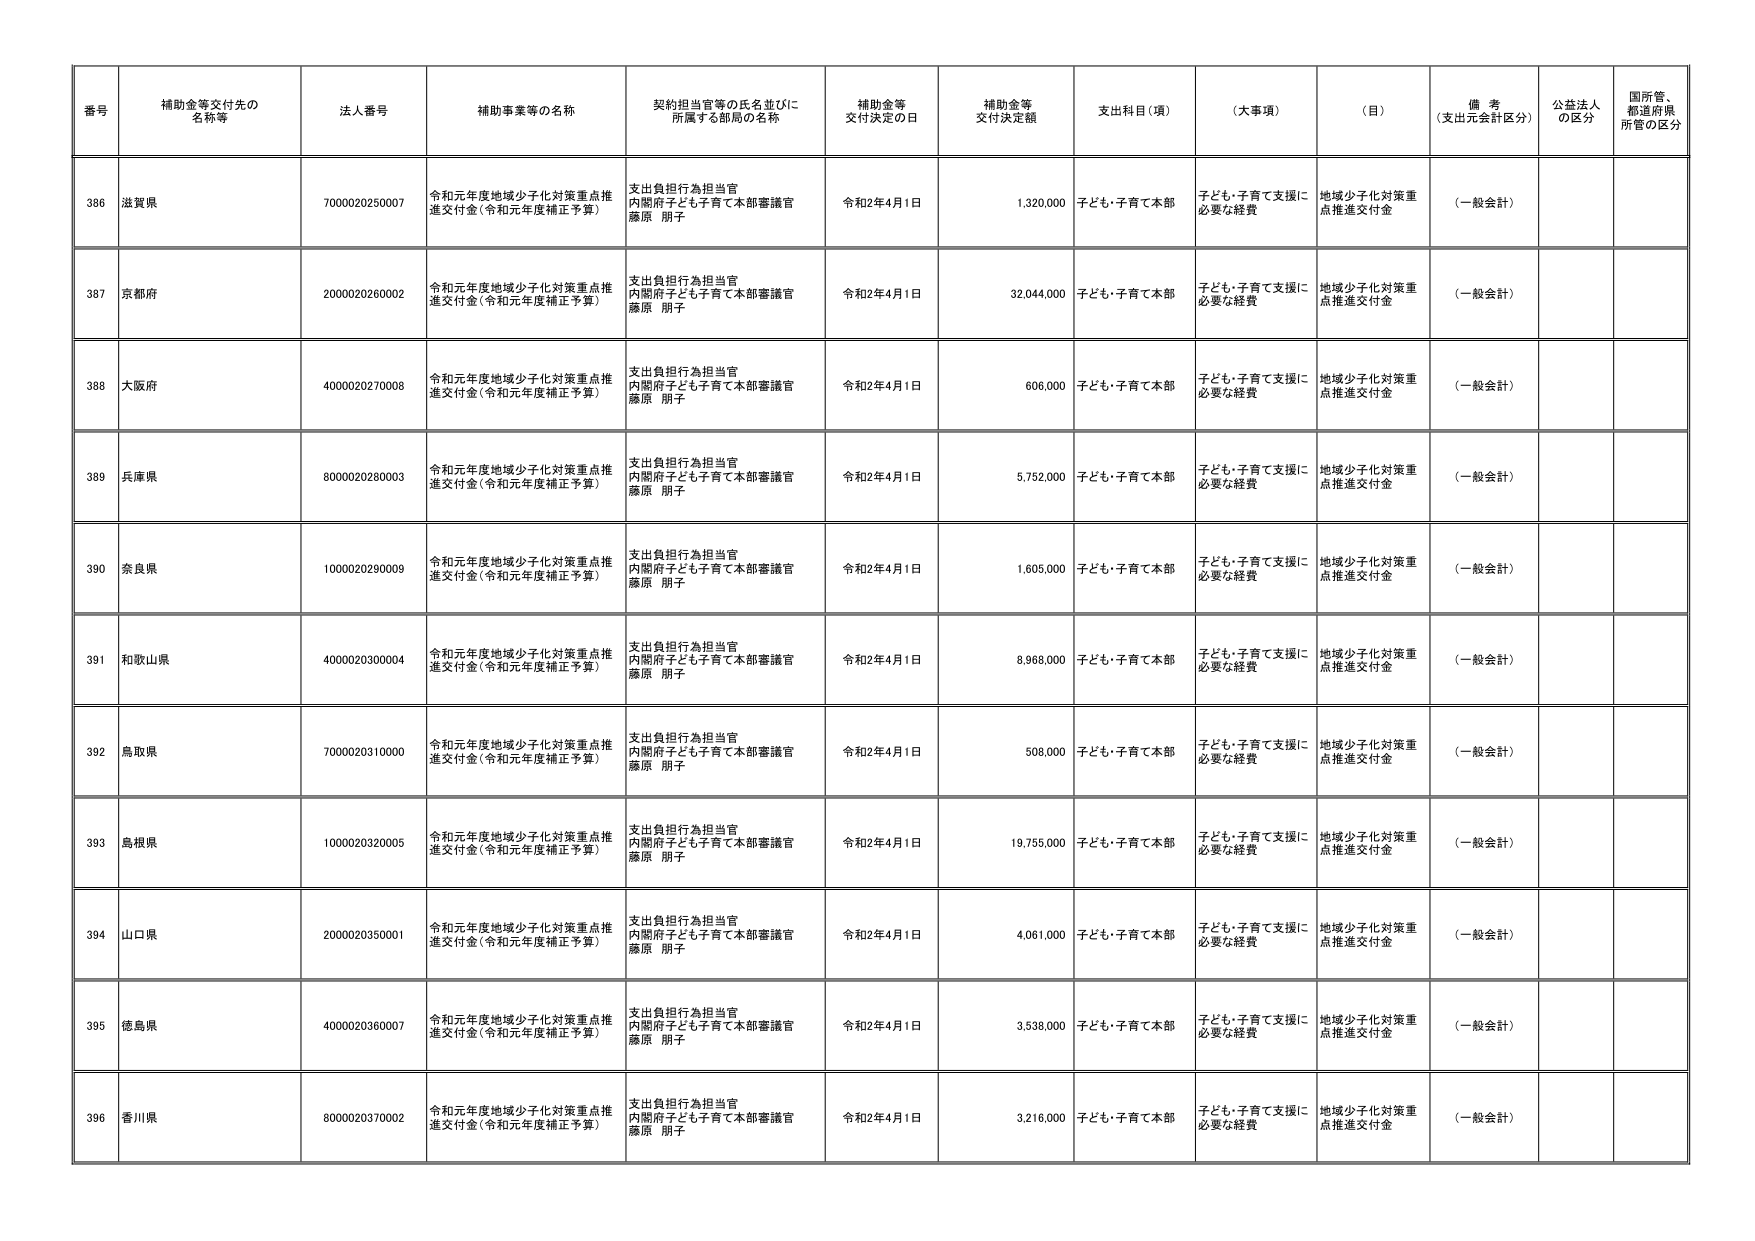
番号 補助金等交付先の名称等 法人番号 補助事業等の名称 契約担当官等の氏名並びに所属する部局の名称 補助金等交付決定の日 補助金等交付決定額 支出科目（項） （大事項） （目） 備考（支出元会計区分） 公益法人の区分 国所管、都道府県所管の区分
386 滋賀県 7000020250007 令和元年度地域少子化対策重点推進交付金（令和元年度補正予算） 支出負担行為担当官 内閣府子ども子育て本部審議官 藤原 朋子 令和2年4月1日 1,320,000 子ども・子育て本部 子ども・子育て支援に必要な経費 地域少子化対策重点推進交付金 （一般会計）
387 京都府 2000020260002 令和元年度地域少子化対策重点推進交付金（令和元年度補正予算） 支出負担行為担当官 内閣府子ども子育て本部審議官 藤原 朋子 令和2年4月1日 32,044,000 子ども・子育て本部 子ども・子育て支援に必要な経費 地域少子化対策重点推進交付金 （一般会計）
388 大阪府 4000020270008 令和元年度地域少子化対策重点推進交付金（令和元年度補正予算） 支出負担行為担当官 内閣府子ども子育て本部審議官 藤原 朋子 令和2年4月1日 606,000 子ども・子育て本部 子ども・子育て支援に必要な経費 地域少子化対策重点推進交付金 （一般会計）
389 兵庫県 8000020280003 令和元年度地域少子化対策重点推進交付金（令和元年度補正予算） 支出負担行為担当官 内閣府子ども子育て本部審議官 藤原 朋子 令和2年4月1日 5,752,000 子ども・子育て本部 子ども・子育て支援に必要な経費 地域少子化対策重点推進交付金 （一般会計）
390 奈良県 1000020290009 令和元年度地域少子化対策重点推進交付金（令和元年度補正予算） 支出負担行為担当官 内閣府子ども子育て本部審議官 藤原 朋子 令和2年4月1日 1,605,000 子ども・子育て本部 子ども・子育て支援に必要な経費 地域少子化対策重点推進交付金 （一般会計）
391 和歌山県 4000020300004 令和元年度地域少子化対策重点推進交付金（令和元年度補正予算） 支出負担行為担当官 内閣府子ども子育て本部審議官 藤原 朋子 令和2年4月1日 8,968,000 子ども・子育て本部 子ども・子育て支援に必要な経費 地域少子化対策重点推進交付金 （一般会計）
392 鳥取県 7000020310000 令和元年度地域少子化対策重点推進交付金（令和元年度補正予算） 支出負担行為担当官 内閣府子ども子育て本部審議官 藤原 朋子 令和2年4月1日 508,000 子ども・子育て本部 子ども・子育て支援に必要な経費 地域少子化対策重点推進交付金 （一般会計）
393 島根県 1000020320005 令和元年度地域少子化対策重点推進交付金（令和元年度補正予算） 支出負担行為担当官 内閣府子ども子育て本部審議官 藤原 朋子 令和2年4月1日 19,755,000 子ども・子育て本部 子ども・子育て支援に必要な経費 地域少子化対策重点推進交付金 （一般会計）
394 山口県 2000020350001 令和元年度地域少子化対策重点推進交付金（令和元年度補正予算） 支出負担行為担当官 内閣府子ども子育て本部審議官 藤原 朋子 令和2年4月1日 4,061,000 子ども・子育て本部 子ども・子育て支援に必要な経費 地域少子化対策重点推進交付金 （一般会計）
395 徳島県 4000020360007 令和元年度地域少子化対策重点推進交付金（令和元年度補正予算） 支出負担行為担当官 内閣府子ども子育て本部審議官 藤原 朋子 令和2年4月1日 3,538,000 子ども・子育て本部 子ども・子育て支援に必要な経費 地域少子化対策重点推進交付金 （一般会計）
396 香川県 8000020370002 令和元年度地域少子化対策重点推進交付金（令和元年度補正予算） 支出負担行為担当官 内閣府子ども子育て本部審議官 藤原 朋子 令和2年4月1日 3,216,000 子ども・子育て本部 子ども・子育て支援に必要な経費 地域少子化対策重点推進交付金 （一般会計）